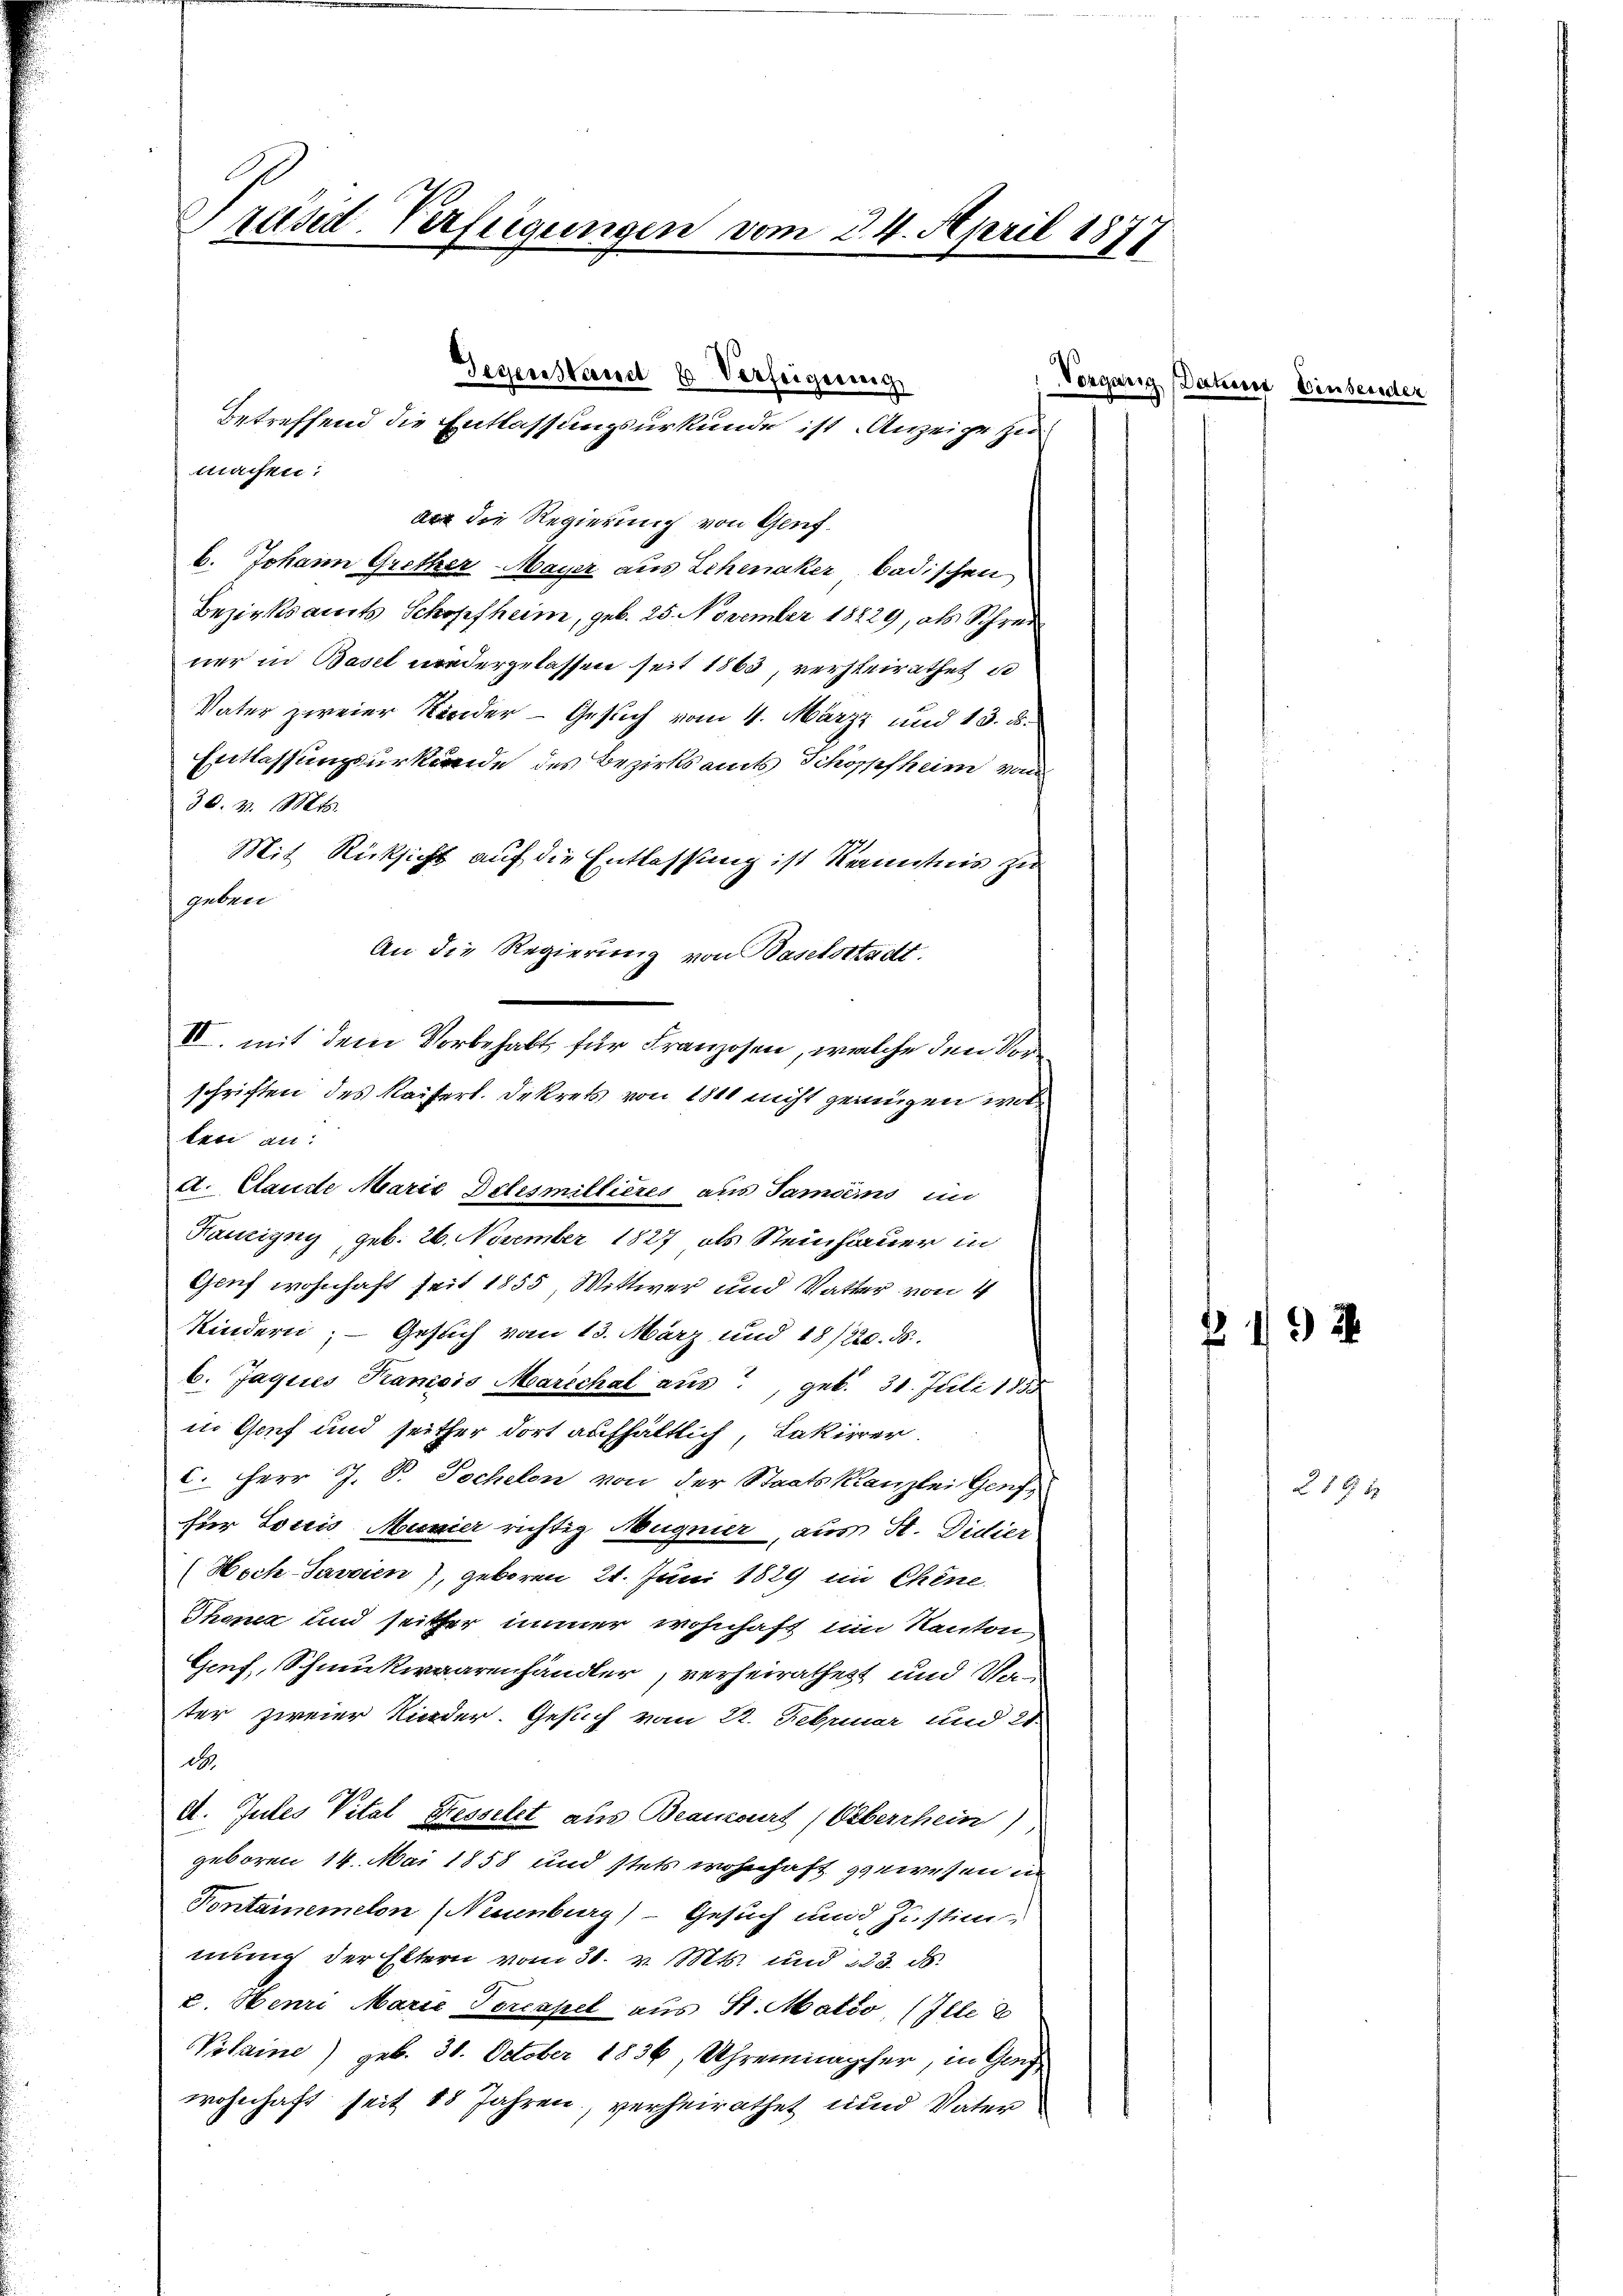
rased. Verfügungen vom 24. April 1871

die Regierung von Genf.
b. Johann Grether-Mayer aus Lehenaker badischen
Bezirksamts Schopfheim, geb. 25. November 18829, als Schreiner in Basel wiedergelassen seit 1863, versteirathet, d
Vater zweier Kinder - Gesuch vom 1. März und 13. d.
Entlassungsurkunde des Bezirksamts Schöppfheim von
30. v. Mts.
Mit Rücksicht auf die Entlassung ist Kenntnis zu
geben
An die Regierung von Baselstadt.
teri an:
A. Claude Marie Delesmillieres aus Samens in
Ransigny, geb. 26. November 1827, als Steinhauer in
Gouf wohnhaft seit 1855, Wittwer und Vatter von 4
Kindern; — Gesuch vom 13. März und 18/220. ds.
6. Jaques Kanisis Marechal aus, geb. 31. Juli 1855
in Genf und seither dort aufhältlich, Lakieren
c. Herr J. P. Jochelen von der Staatskanzlei Gen
für Sociis Mumier richtig Augnier, aus St. Didier
(Noch Savaien), geboren 21. Juni 1829 in Chine.
Thonez und seither immer wohnhaft im Kanton
Genf, Schmukwaarenhändler, verheirathest und Wan
ter zweier Kinder. Gesuch vom 22. Februar und es
d.
d. Gutes Vital Fesselet aus Beamourt (Oberrhein)
geboren 14. Mai 1858 und stets wohnhaft gewesen in
Pontanemelon (Neuenburg) - Gesuch und Zustimmung der Eltern vom 30. v. Mts. und 223. ds.
c. Henri Marie Torcapel aus St. Matöo, (Ille
Vilaine) geb. 30. October 1836, Uhrenmacher, in Genf
wohnhaft seit 15 Jahren, verheirathet und Vater

Gegenstand 6 Verfeigung
betreffend die Entlassungsurkunde ist Anzeige zu
machen:

IV. mit dem Vorbehalt für Franzosen, welche den Vorschriften des Reifert. Dekrets von 1811 nicht genügen wor¬

Vorgang Datum 8

e

492

219 1